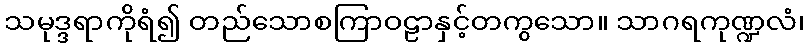
သမုဒ္ဒရာကိုရံ၍ တည်သောစကြာဝဠာနှင့်တကွသော။ သာဂရကုဏ္ဍလံ၊